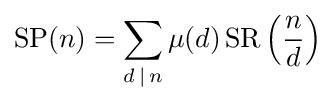
\operatorname {SP} (n)=\sum _{d\,|\,n}\mu (d)\operatorname {SR} \left({\frac {n}{d}}\right)